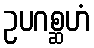
ဥပဂစ္ဆဟံ